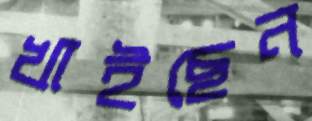
খাইছেন